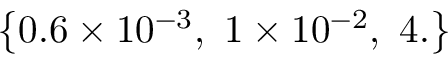
\left\{ 0 . 6 \times 1 0 ^ { - 3 } , \, \, 1 \times 1 0 ^ { - 2 } , \, \, 4 . \right\}